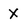
Character: x